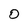
Character: 0